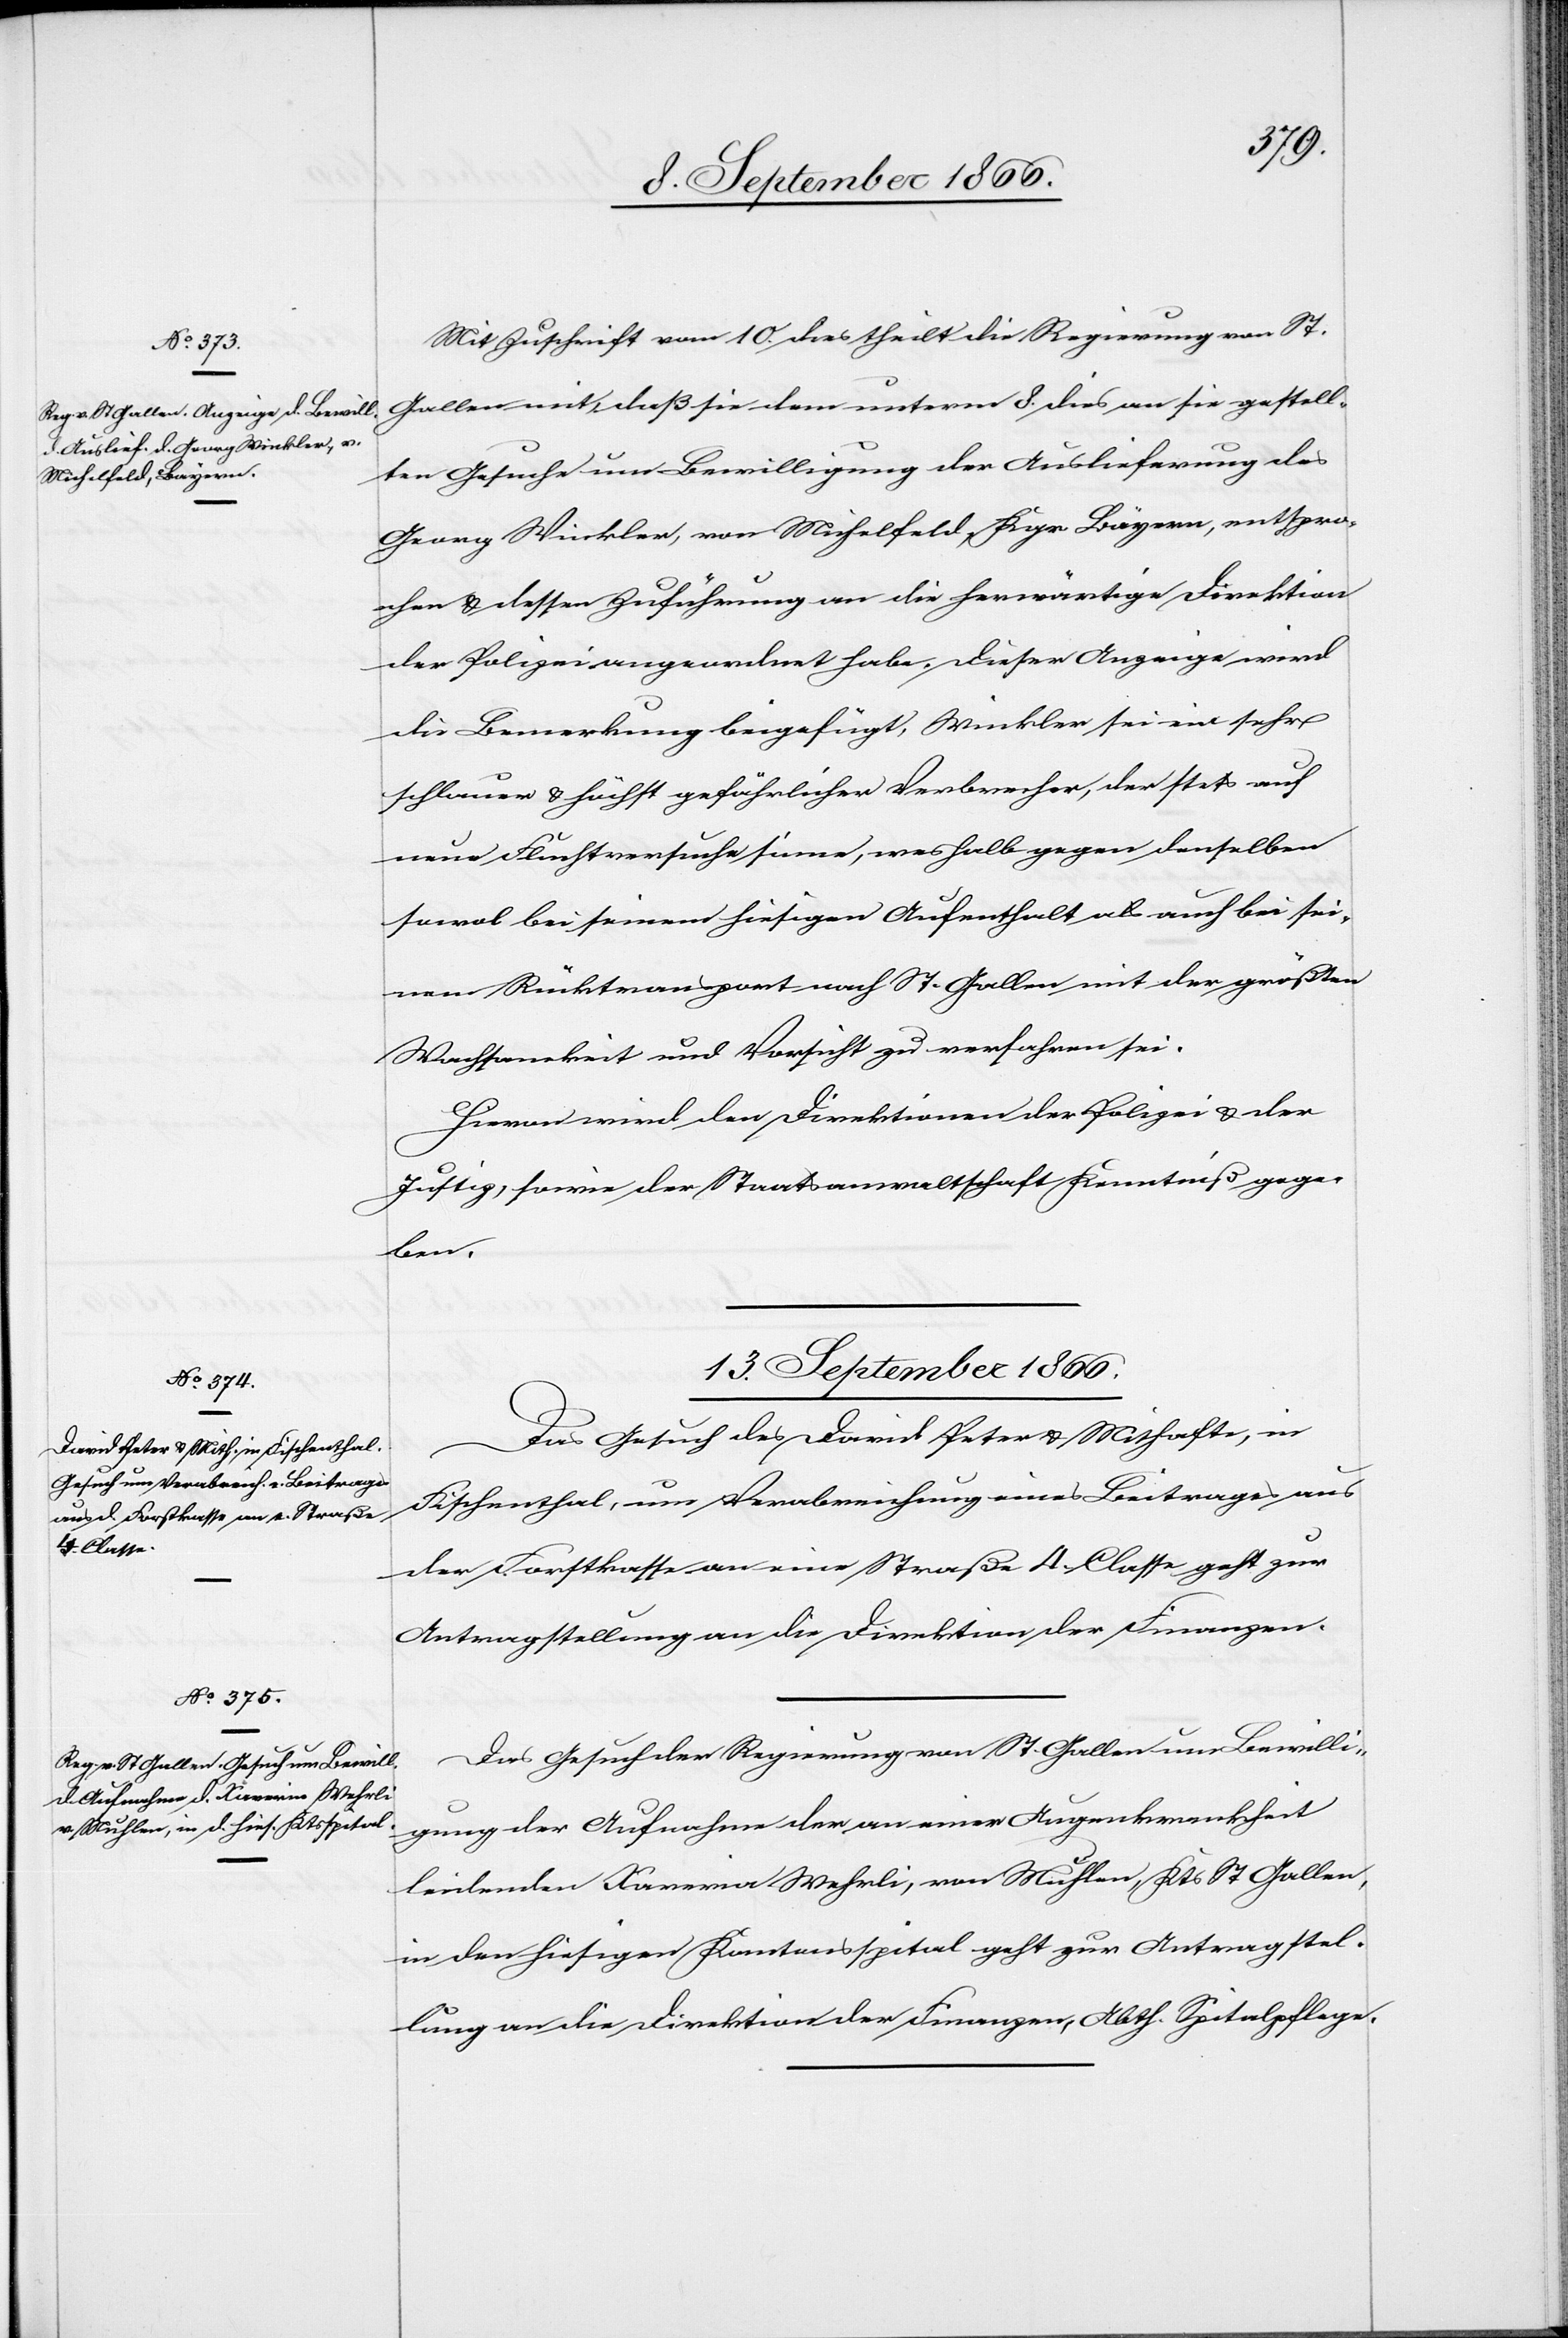
13. September 1866.
Mit Zuschrift vom 10. dies theilt die Regierung von St.
Gallen mit, daß sie dem unterm 8. dies an sie gestell¬
ten Gesuche um Bewilligung der Auslieferung des
Georg Winkler, von Michelfeld, Kgr. Bayern, entspre¬
chen u. dessen Zuführung an die herwärtige Direktion
der Polizei angeordnet habe. Dieser Anzeige wird
die Bemerkung beigefügt, Winkler sei ein sehr
schlauer u. höchst gefährlicher Verbrecher, der stets auf
neue Fluchtversuche sinne, weshalb gegen denselben
sowol bei seinem hiesigen Aufenthalt als auch bei sei¬
nem Rücktransport nach St. Gallen mit der größten
Wachsamkeit und Vorsicht zu verfahren sei.
Hievon wird den Direktionen der Polizei u. der
Justiz, sowie der Staatsanwaltschaft Kenntniß gege¬
ben.
13. September 1866.
Das Gesuch des David Peter u. Mithafte, in
Fischenthal, um Verabreichung eines Beitrages aus
der Forstkasse an eine Straße 4. Classe geht zur
Antragstellung an die Direktion der Finanzen.
Das Gesuch der Regierung von St. Gallen um Bewilli¬
gung der Aufnahme der an einer Augenkrankheit
leidenden Xaveria Wehrli, von Muhlen, Kts. St. Gallen,
in den hiesigen Kantonsspital geht zur Antragstel¬
lung an die Direktion der Finanzen, Abth. Spitalpflege.